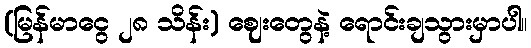
(မြန်မာငွေ ၂၈ သိန်း) ဈေးတွေနဲ့ ရောင်းချသွားမှာပါ။